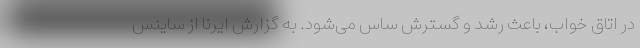
در اتاق خواب، باعث رشد و گسترش ساس می‌شود. به گزارش ایرنا از ساینس